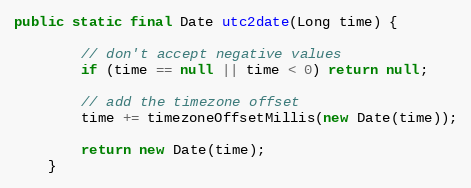
Language: Java
public static final Date utc2date(Long time) {

        // don't accept negative values
        if (time == null || time < 0) return null;

        // add the timezone offset
        time += timezoneOffsetMillis(new Date(time));

        return new Date(time);
    }